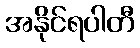
အနိုင်ရပါတီ